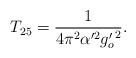
\begin{align*}T_{25} = \frac{1}{4 \pi^2 \alpha'^2 {g'_o}^2 }.\end{align*}